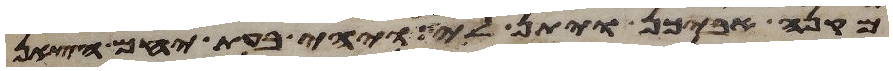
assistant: מקנה אביכן ויתן לי ויהי בעת יחם הצאן